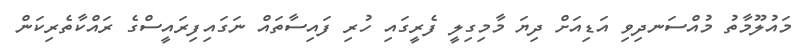
މައުލޫމާތު މުއްސަނދިވި އަޑިއަށް ދިޔަ މާމިގިލީ ފެރީގައި ހުރި ފައިސާތައް ނަގައިފިރައީސްގެ ރައްކާތެރިކަން